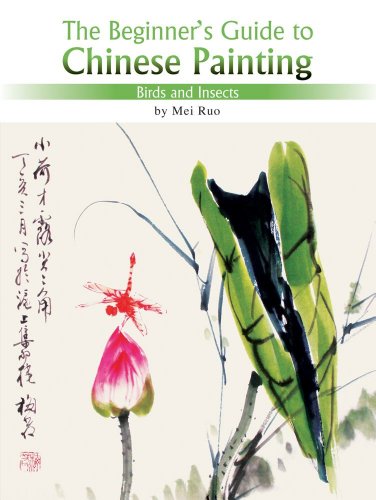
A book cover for Birds and Insects: The Beginner's Guide to Chinese Painting; Mei Ruo; Arts & Photography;